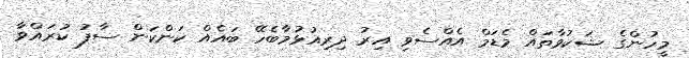
މީހުންގެ ޝަކުވާތައް މެޑަމް އެއްސެވި އިރު ދިރިއުޅުމާބެހޭ ބައެއް ކަންކަން ސާފު ކުރައްވާ